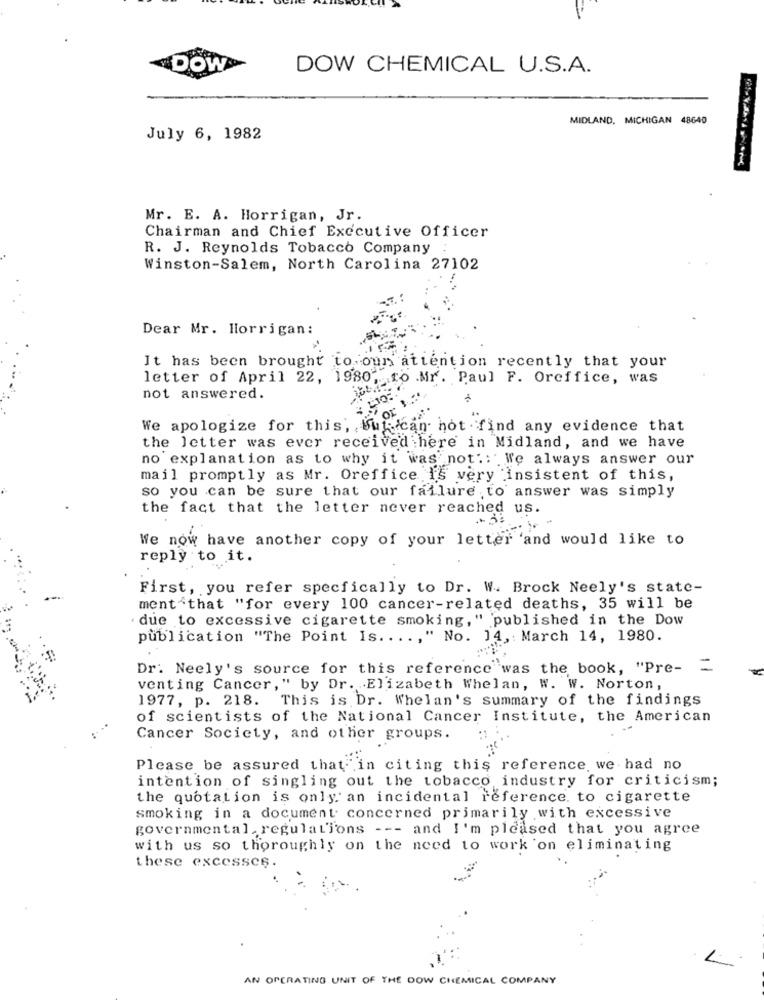
DOW
DOW CHEMICAL U.S.A.
MIDLAND, MICHIGAN 48640
July 6, 1982
Mr. E. A. Horrigan, Jr.
Chairman and Chief Executive Officer
R. J. Reynolds Tobacco Company :
Winston-Salem, North Carolina 27102
Dear Mr. Horrigan:
It has been brought to our attention recently that your
letter of April 22, 1980, to .Mr. Paul F. Oreffice, was
: LIO
not answered.
for
We apologize for this, but ican not find any evidence that
the letter was ever received here in Midland, and we have
no explanation as to why it was not .: We always answer our
mail promptly as Mr. Oreffice Is very insistent of this,
so you can be sure that our failure to answer was simply
the fact that the letter never reached us.
We now have another copy of your letter 'and would like to
reply to it.
First, you refer specfically to Dr. W. Brock Neely's state-
ment that "for every 100 cancer-related deaths, 35 will be
due to excessive cigarette smoking, " published in the Dow
publication "The Point Is .. .., " No. 14, : March 14, 1980.
Dr. Neely's source for this reference was the book, "Pre- =
venting Cancer," by Dr. Elizabeth Whelan, W. W. Norton,
1977, p. 218. This is Dr. Whelan's summary of the findings
of scientists of the National Cancer Institute, the American
Cancer Society, and other groups.
Please be assured that in citing this reference, we had no
intention of singling out the tobacco industry for criticism;
the quotation is only an incidental reference. to cigarette
smoking in a document concerned primarily with excessive
governmental. regulations --- and I'm pleased that you agree
with us so thoroughly on the need to work on eliminating
these excesses.
L
AN OPERATING UNIT OF THE DOW CHEMICAL COMPANY